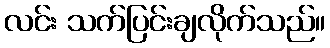
လင်း သက်ပြင်းချလိုက်သည်။